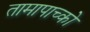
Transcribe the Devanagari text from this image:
तामापाच्को